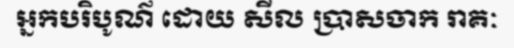
អ្នកបរិបូណ៌ ដោយ សីល ប្រាសចាក រាគៈ